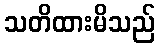
သတိထားမိသည်